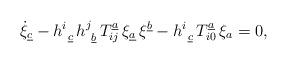
LaTeX: \begin{align*}\dot{\xi}_{\underline{c}} - {h}^{i}_{\ \underline{c}}\, {h}^{j}_{\ \underline{b}}\,T^{\underline{a}}_{ij}\, \xi_{\underline{a}}\, \xi^{\underline{b}} -{h}^{i}_{\ \underline{c}} \,T^{\underline{a}}_{i0}\, \xi_{{a}}=0,\end{align*}